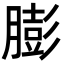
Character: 膨